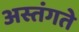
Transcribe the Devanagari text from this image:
अस्तंगते